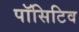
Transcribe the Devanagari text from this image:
पॉसिटिव